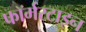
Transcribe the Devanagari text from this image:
फॉर्मरटाइन